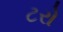
ટરો